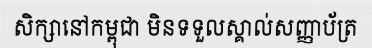
សិក្សានៅកម្ពុជា មិនទទួលស្គាល់សញ្ញាប័ត្រ